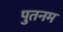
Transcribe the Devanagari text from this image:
पुतनम